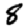
Digit: 8